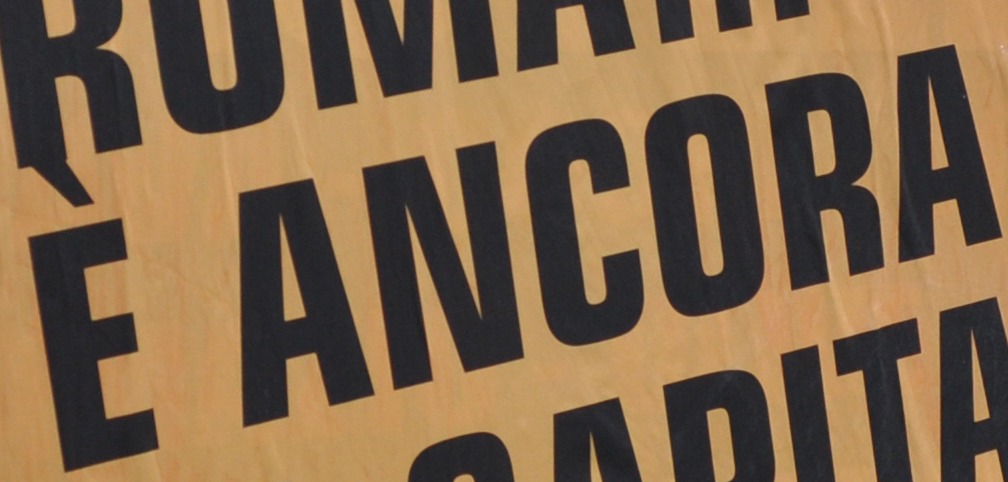
E ANCORA